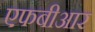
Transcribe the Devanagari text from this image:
एफबीआर